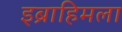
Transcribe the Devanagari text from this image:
इब्राहिमला